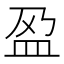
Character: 𫞰